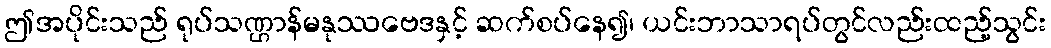
ဤအပိုင်းသည် ရုပ်သဏ္ဌာန်မနုဿဗေဒနှင့် ဆက်စပ်နေ၍၊ ယင်းဘာသာရပ်တွင်လည်းထည့်သွင်း